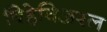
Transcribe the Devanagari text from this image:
बिहेविअरल